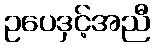
ဥပေဒှင့်အညီ